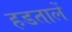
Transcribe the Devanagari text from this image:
हडतालें